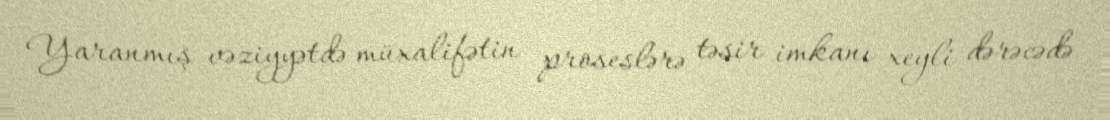
Yaranmış vəziyyətdə müxalifətin proseslərə təsir imkanı xeyli dərəcədə